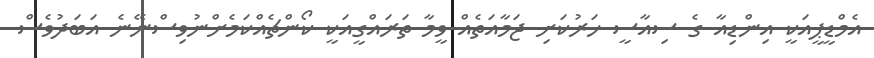
އެމްޑީޕީއަކީ އިންޑިއާ ގެ ސިއާސީ ހަރުކަށި ޖަމާއަތެއް ވީމާ ތަރައްގީއަކީ ކޯންޗެއްކަމެށްނުވިސްނޭނެ އަބަދުވެސް